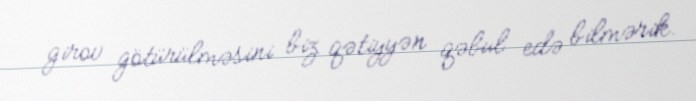
girov götürülməsini biz qətiyyən qəbul edə bilmərik.